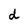
Character: d